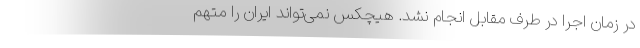
در زمان اجرا در طرف مقابل انجام نشد. هیچکس نمی‌تواند ایران را متهم